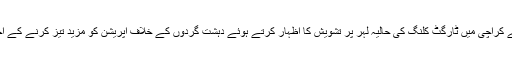
وزیر اعلیٰ سندھ نے کراچی میں ٹارگٹ کلنگ کی حالیہ لہر پر تشویش کا اظہار کرتے ہوئے دہشت گردوں کے خلاف آپریشن کو مزید تیز کرنے کے احکامات بھی دیئے۔